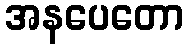
အနပေတော